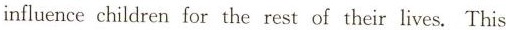
influence children for the rest of their lives. This